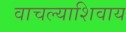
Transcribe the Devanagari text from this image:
वाचल्याशिवाय